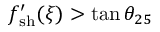
f _ { \mathrm { { s h } } } ^ { \prime } ( \xi ) > \tan \theta _ { 2 5 }